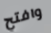
وافتح